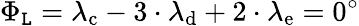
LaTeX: \Phi_{\mathtt{L}}=\lambda_{\mathrm{{{c}}}}-3\cdot\lambda_{\mathrm{{{d}}}}+2\cdot\lambda_{\mathrm{{{e}}}}=0^{\circ}